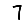
Digit: 7